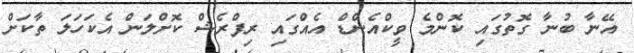
އޭނާ ބުނާ ގޮތުގައި ކޮންމެ ވީކްއެންޑް އެއްގައި ރިފްރެޝް ކޮށްލަން އެކަހަލަ ތާކަށް